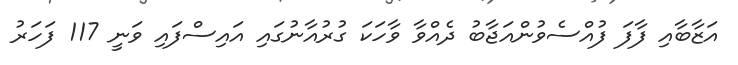
އަޒާބާއި ފާފަ ފުއްސެވުންއަޖާބު ދެއްވާ ވާހަކަ ގުރުއާނުގައި އައިސްފައި ވަނީ 117 ފަހަރު